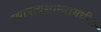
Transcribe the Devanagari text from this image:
स्थापत्यशास्त्रामधील